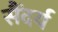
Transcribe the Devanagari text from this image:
सैंदर्य